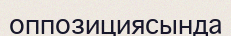
оппозициясында